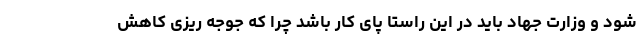
شود و وزارت جهاد باید در این راستا پای کار باشد چرا که جوجه ریزی کاهش